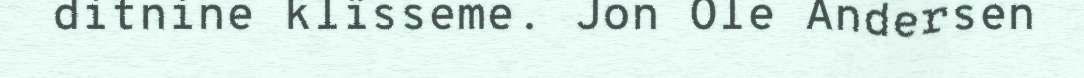
ditnine klïsseme. Jon Ole Andersen